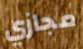
مجازي